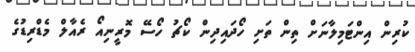
ކުރިން އިންޓަމިލާނަށް ތިން ތަށި ހޯދައިދިން ކޯޗު ހޯސޭ މޮރީނިއޯ ރެއާލް މެޑްރިޑުގެ